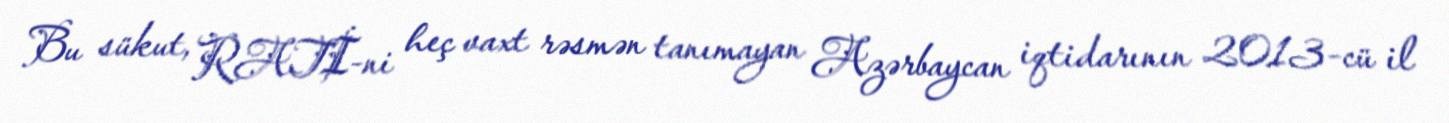
Bu sükut, RATİ-ni heç vaxt rəsmən tanımayan Azərbaycan iqtidarının 2013-cü il